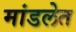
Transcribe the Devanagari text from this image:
मांडलेत